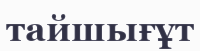
тайшығұт